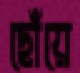
ছোঁয়ে